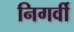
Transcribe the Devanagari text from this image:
निगर्वी